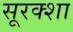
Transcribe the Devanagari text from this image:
सूरक्शा